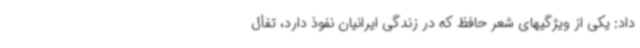
داد: یکی از ویژگیهای شعر حافظ که در زندگی ایرانیان نفوذ دارد، تفأل